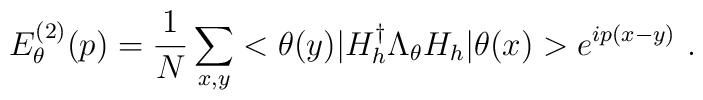
E_{\theta}^{(2)}(p)=\frac{1}{N}\sum_{x,y}<\theta(y)|H_{h}^{\dag}\Lambda_{\theta}H_{h}|\theta(x)>e^{ip(x-y)}\ .